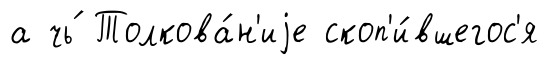
а чь́ Толкова́н'иjе скоп'и́вшегос'я